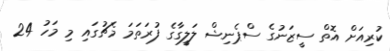
ކުރިއަށް އޮތް ސީޒަނުގެ ސްޕެނިޝް ލަލީގާގެ ފުރަތަމަ މެޗުގައި މި މަހު 24